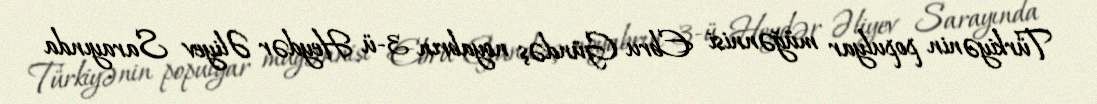
Türkiyənin populyar müğənnisi Ebru Gündəş noyabrın 3-ü Heydər Əliyev Sarayında